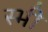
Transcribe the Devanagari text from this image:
स्भी